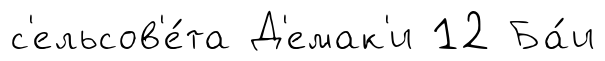
с'ельсов'е́та Д'емак'и 12 Ба́и